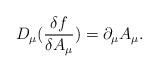
LaTeX: \begin{align*}D_{\mu}(\frac{\delta f}{\delta A_{\mu}})=\partial_{\mu}A_{\mu}.\end{align*}